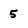
Character: 5